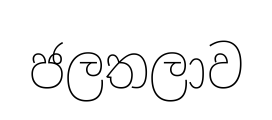
ජලතලාව